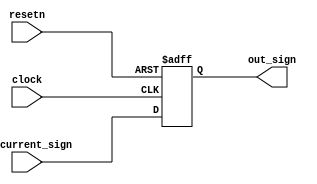
`timescale 1ns / 1ps
//////////////////////////////////////////////////////////////////////////////////
// Company: 
// Engineer: 
// 
// Design Name: 
// Module Name:    step5_adder_status 
// Project Name: 
// Target Devices: 
// Tool versions: 
// Description: 
//
// Dependencies: 
//
// Revision: 
// Revision 0.01 - File Created
// Additional Comments: 
//
//////////////////////////////////////////////////////////////////////////////////
module step5_adder_status(clock, resetn, in_current_sign, out_sign);
	input clock,resetn;
	
	input in_current_sign;
	
	output reg out_sign;
	
	always@(posedge clock, negedge resetn) begin
		if(!resetn) begin
			out_sign <= 0;
		end
		else begin
			out_sign <= in_current_sign;
		end
	end

endmodule